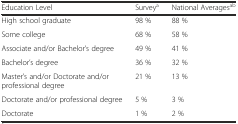
<table><thead><tr><td><b>Education Level</b></td><td><b>Survey<sup>a</sup></b></td><td><b>National Averages<sup>a</sup><sup>b</sup></b></td></tr></thead><tbody><tr><td>High school graduate</td><td>98 %</td><td>88 %</td></tr><tr><td>Some college</td><td>68 %</td><td>58 %</td></tr><tr><td>Associate and/or Bachelor’s degree</td><td>49 %</td><td>41 %</td></tr><tr><td>Bachelor’s degree</td><td>36 %</td><td>32 %</td></tr><tr><td>Master’s and/or Doctorate and/or professional degree</td><td>21 %</td><td>13 %</td></tr><tr><td>Doctorate and/or professional degree</td><td>5 %</td><td>3 %</td></tr><tr><td>Doctorate</td><td>1 %</td><td>2 %</td></tr></tbody></table>